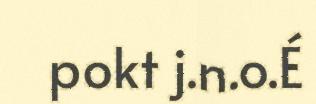
pokt j.n.o.É